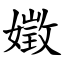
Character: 嬍